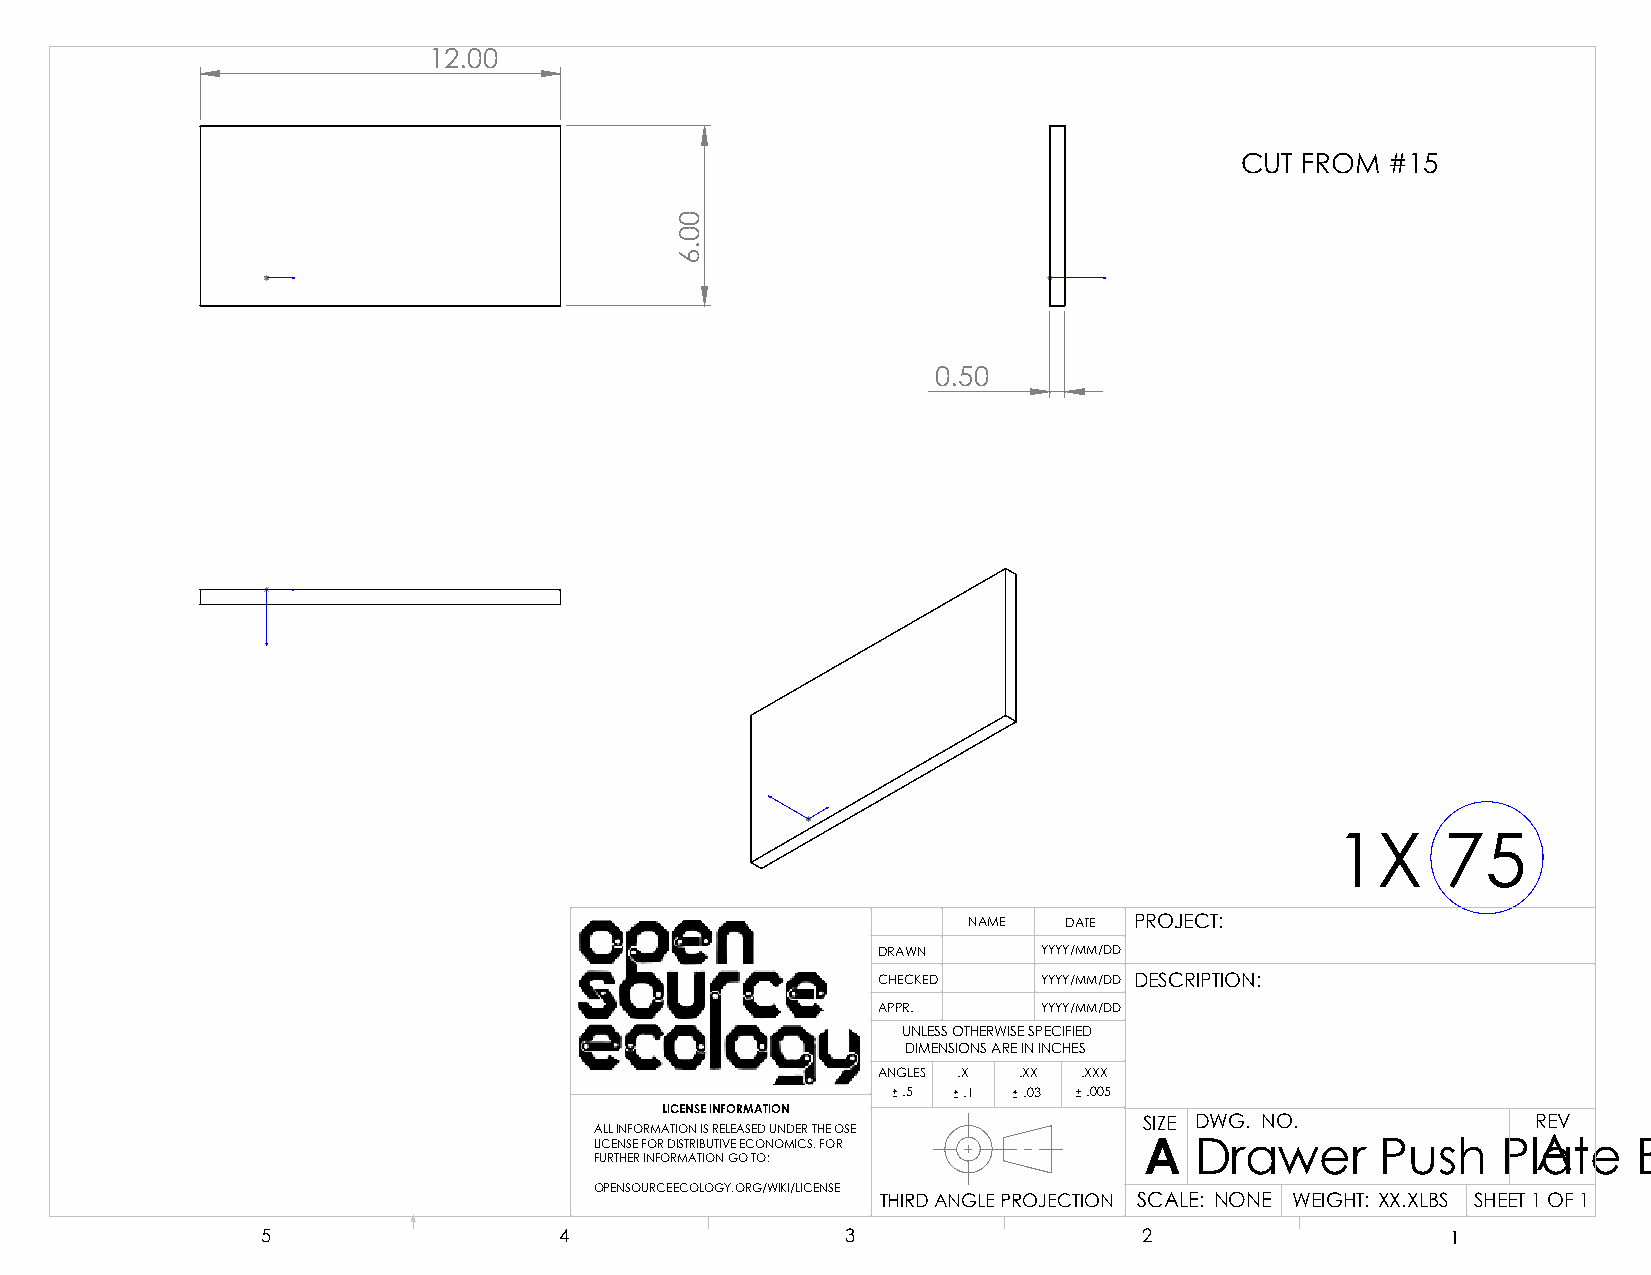
12.00
 CUT FROM  #15
 0.50
 1X      75
 NAME  DATE PROJECT:
 DRAWN      YYYY/MM/DD
 CHECKED    YYYY/MM/DD DESCRIPTION:
 APPR.      YYYY/MM/DD
 UNLESS OTHERWISE SPECIFIED
 DIMENSIONS ARE IN INCHES
 ANGLES .X .XX .XXX
 .5  .1  .03 .005
 LICENSE INFORMATION
 SIZE DWG. NO.             REV
 ALL INFORMATION IS RELEASED UNDER THE OSE
 LICENSE FOR DISTRIBUTIVE ECONOMICS. FOR A Drawer    Push    PlAate   Back
 FURTHER INFORMATION GO TO:
 OPENSOURCEECOLOGY.ORG/WIKI/LICENSE
 THIRD ANGLE PROJECTION SCALE: NONE WEIGHT: XX.XLBS SHEET 1 OF 1
 5                   4                  3                   2                   1
 00.6